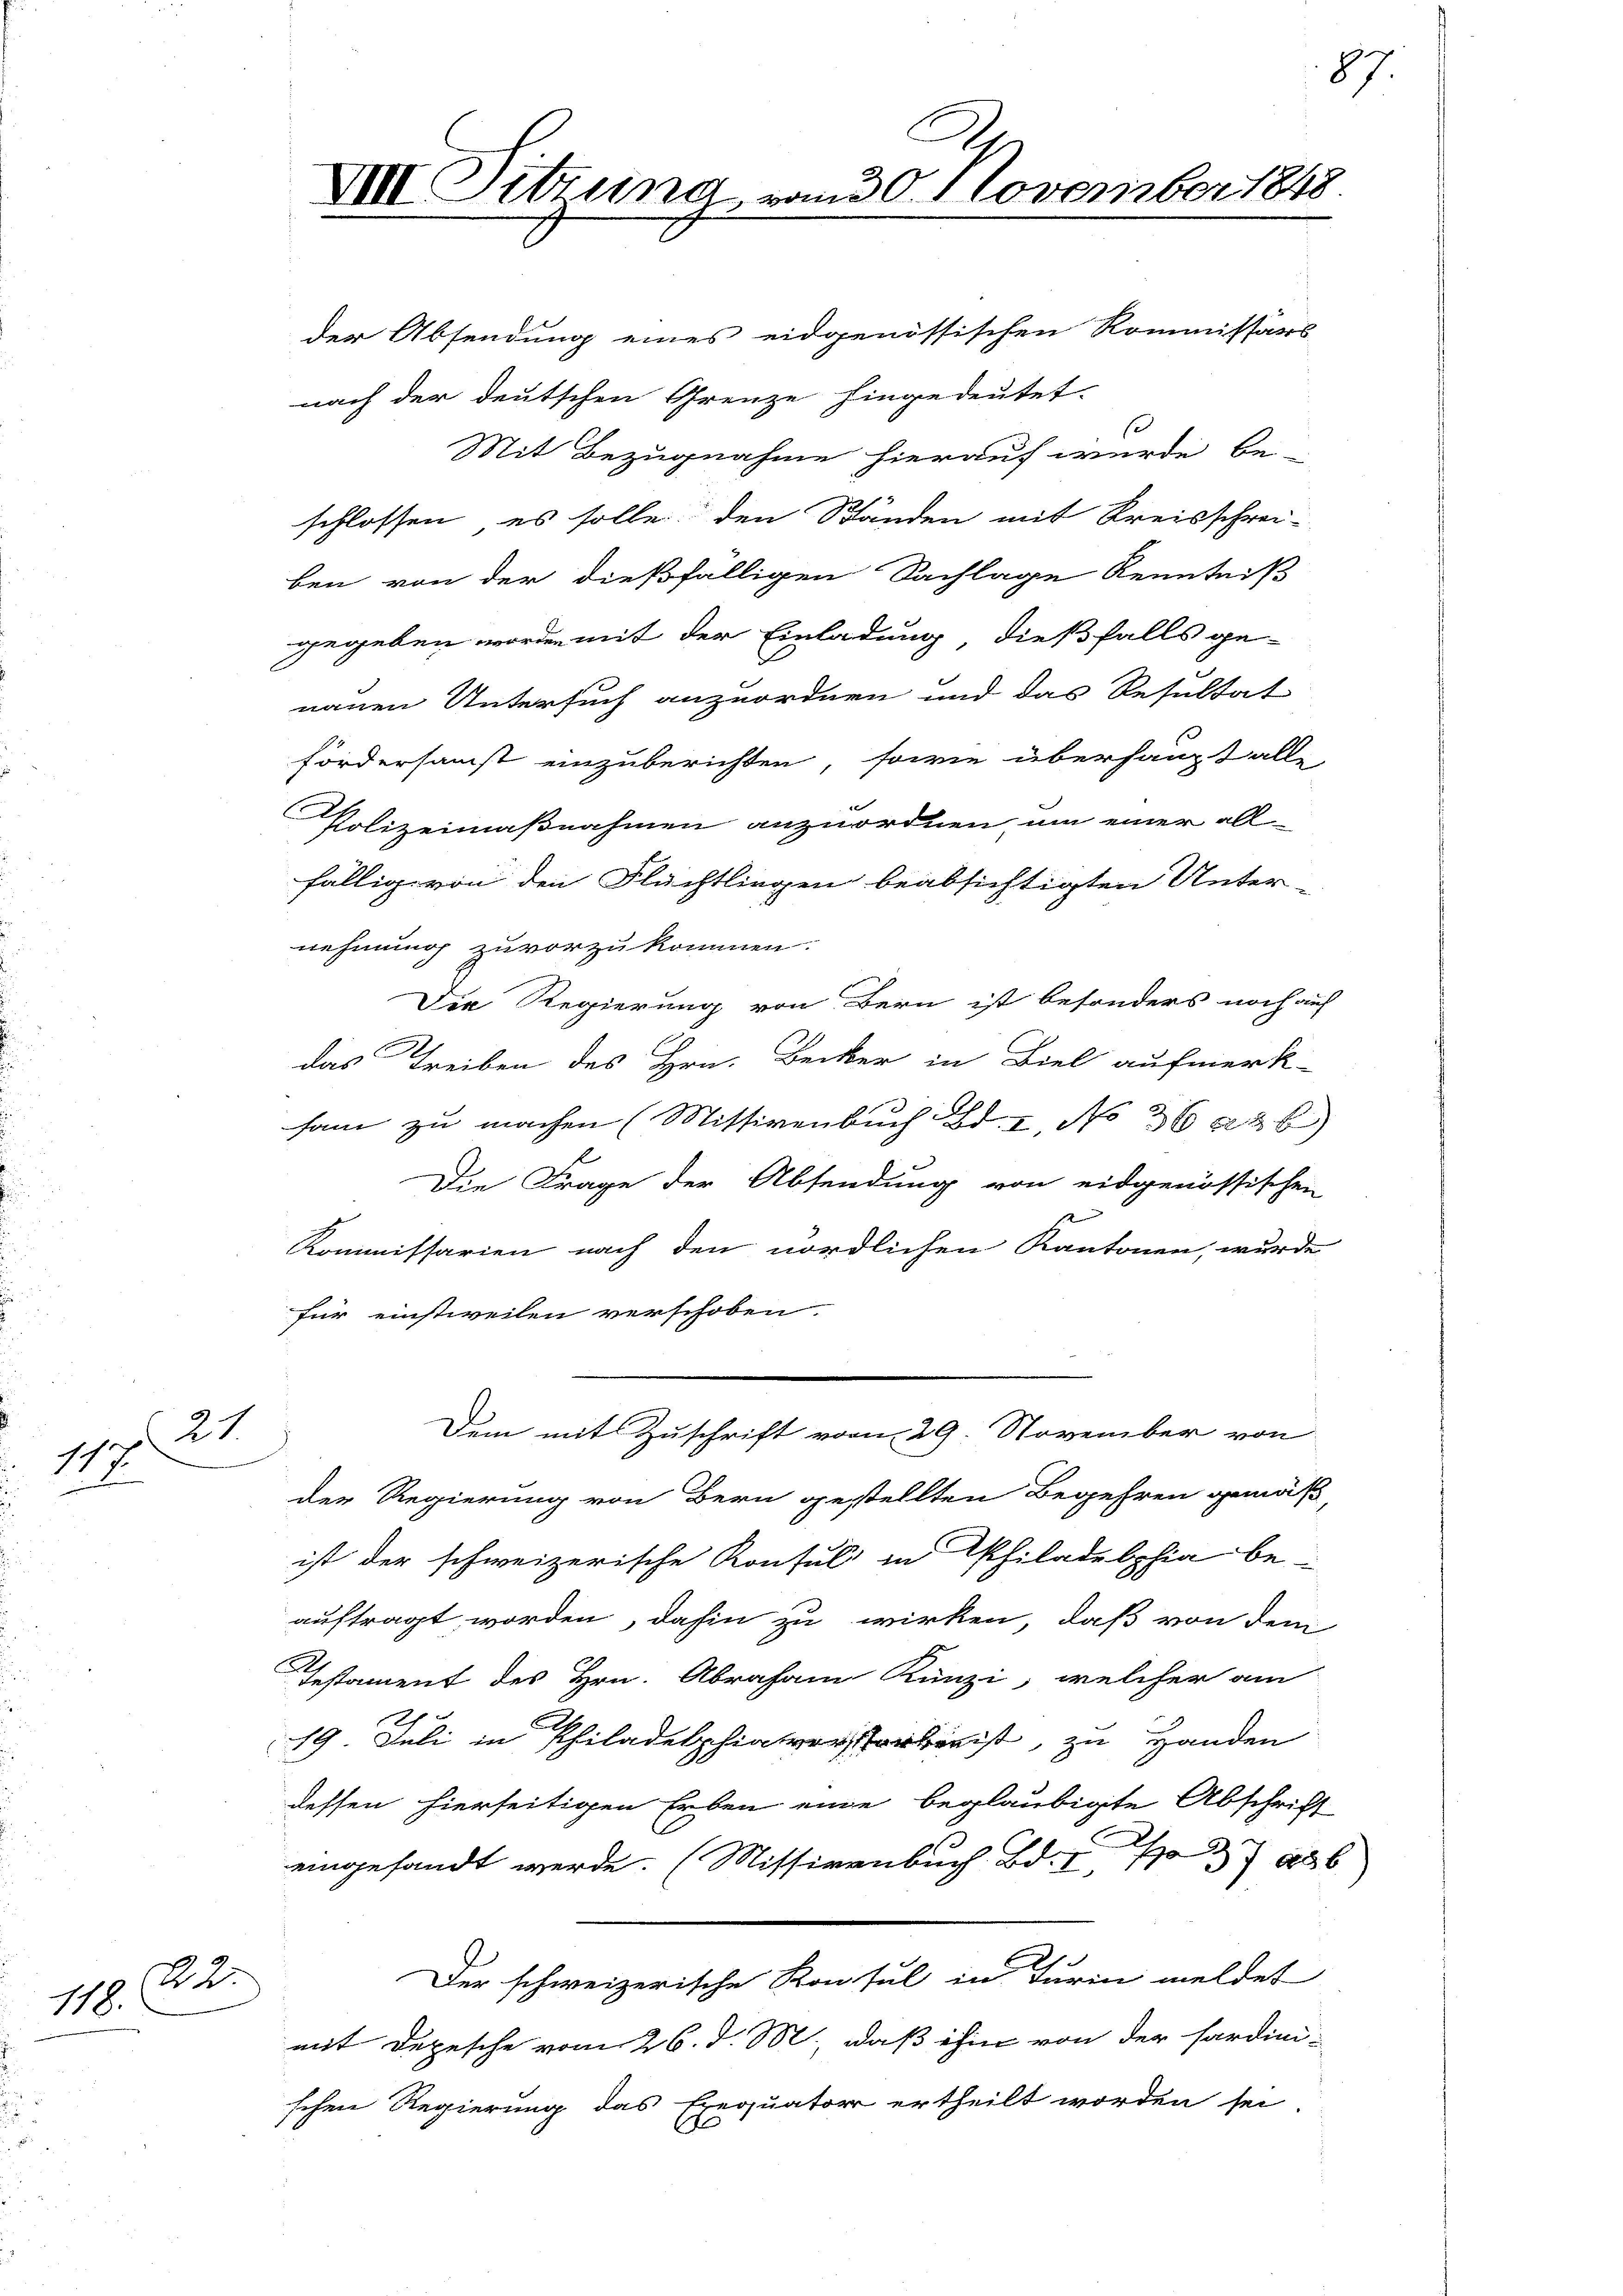
11. 21

22.
118.

VIII Sitzung vom 30. November 1848.
l

der Absendung eines eidgenössischen Kommissärs
nach der deutschen Grenze hingedeutet
Mit Bezugnahme hierauf wurde be-
schlossen, es solle den Ständen mit Kreisschrei-
ben von der dießfälligen Sachlage Kenntniß
gegeben worden mit der Einladung, dießfalls ge-
nauen Untersuch anzuordnen und das Resultat
fördersamst einzuberichten, sowie überhaupt alle
Polizeimaßnahmen anzuordnen, um einer all-
fällig von den Flüchtlingen beabsichtigten Unter-
nehmung zuvorzukommen.
Die Regierung von Bern ist besonders noch au
das Treiben des Hrn. Becker in Biel aufmerk-
sam zu machen (Mittirenbuch Bd. I, No 36 05
Die Frage der Absendung von eidgenössischen
s
Kommissarien nach den nördlichen Kantonen, wurde
für einstweilen verschoben.
Dem mit Zuschrift vom 29. November von
.
der Regierung von Bern gestellten Begehren gemäß,
ist der schweizerische Konsul in Philadelphia be-
auftragt worden, dahin zu wirken, daß von dem
Testament des Hrn. Abraham Künzi, welcher am
19. Juli in Philadelphia vorstorben ist, zu Handen
dessen hierseitigen Erben eine beglaubigte Abschrift
eingesandt werde. (Missivenbuch Bd. 23
Der schweizerische Konsul in Turin meldet
mit Depesche vom 26. d. M., daß ihm von der fardini-
schen Regierung das Exequator ertheilt worden sei.

87